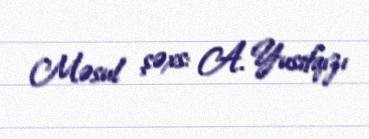
Məsul şəxs: A. Yusifqızı